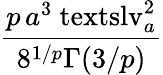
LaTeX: \displaystyle\frac{p\, a^{3}\mathrm{\ textsl{v}}_{a}^{2}}{8^{1/p}\Gamma(3/p)}